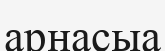
арнасыа